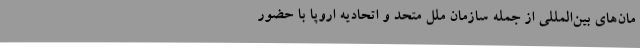
مان‌های بین‌المللی از جمله سازمان ملل متحد و اتحادیه اروپا با حضور